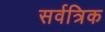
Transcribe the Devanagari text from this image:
सर्वत्रिक